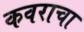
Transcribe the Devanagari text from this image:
कवराचा